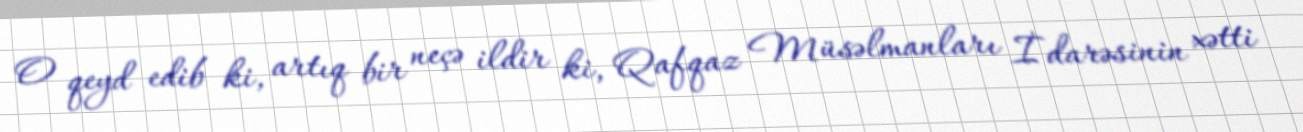
O qeyd edib ki, artıq bir neçə ildir ki, Qafqaz Müsəlmanları İdarəsinin xətti